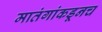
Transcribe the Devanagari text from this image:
मातंगांकडूनच